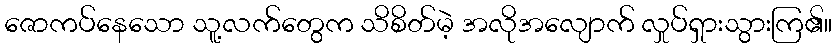
ဇောကပ်နေသော သူ့လက်တွေက သိစိတ်မဲ့ အလိုအလျောက် လှုပ်ရှားသွားကြ၏။